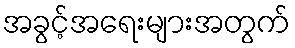
အခွင့်အရေးများအတွက်